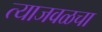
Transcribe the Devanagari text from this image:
त्याजवळचा